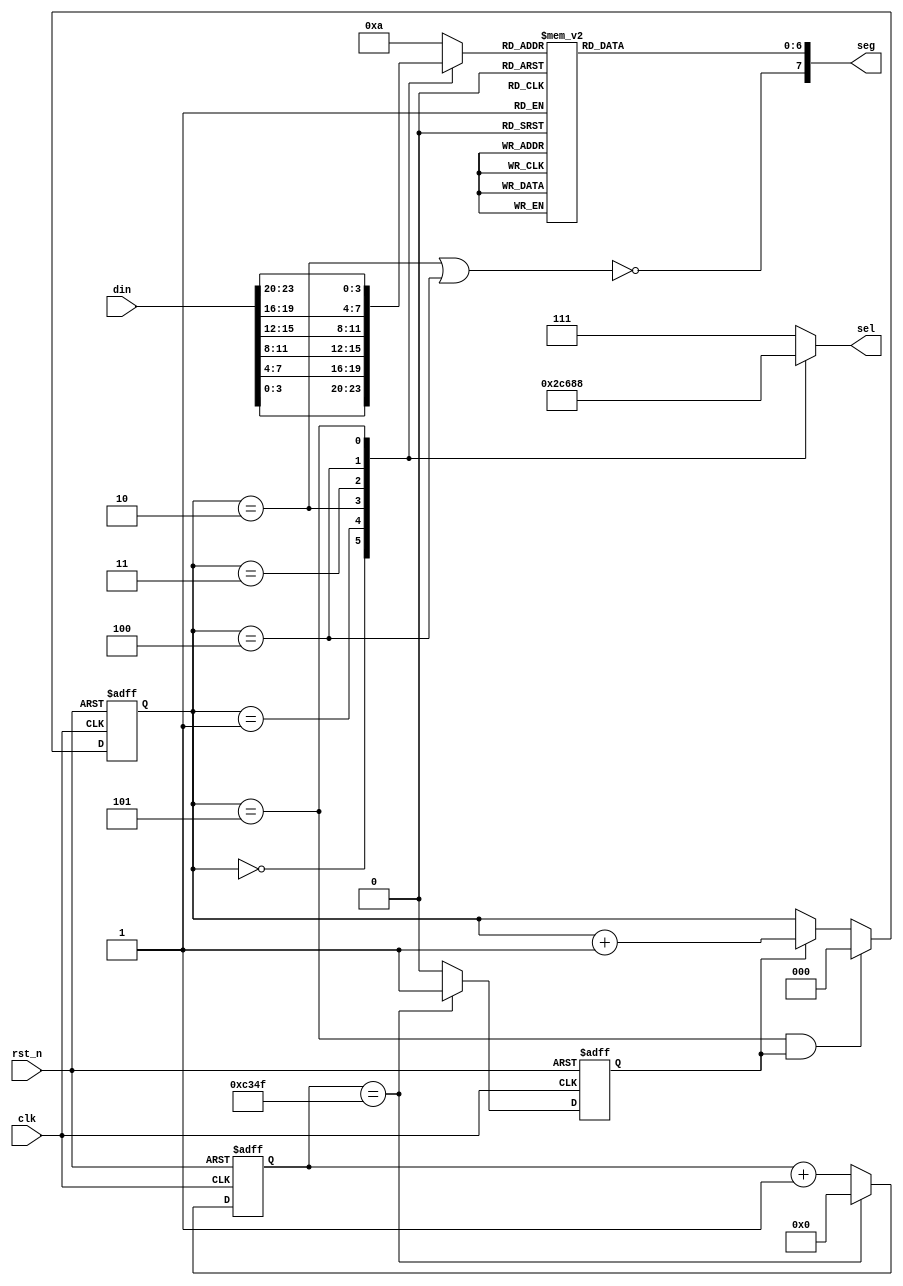
//************************************************
//  Company       : School                       
//  Device        : Altera cyclone4 ep4ce6f17c8  
//  Description   :on board ok; one clk domain;input din is bcd ;                           
//************************************************
module  led_display (
/*i*/   input    wire              clk              ,
        input    wire              rst_n            ,
        input    wire    [23:0]    din              ,  //data from sco model;
/*o*/   output   wire    [2:0]     sel              ,  //38 decoder;
        output   wire    [7:0]     seg                 //segement;      
);
parameter MS_MAX = 17'd4_9999; //1ms dynamic refresh;//4_9999;
reg          flag_1ms;
reg  [16:0]  cnt_1ms;
reg  [2:0]   sel_r;
reg  [6:0]   seg_r;
reg  [3:0]   seg_sel;
reg  [2:0]   cnt_sel;
wire         dp;  
always @(posedge clk or negedge rst_n) begin   //control cnt_1ms value;
    if (~rst_n) begin
        cnt_1ms <= 0;
    end //if
    else begin
        cnt_1ms <= (cnt_1ms == MS_MAX) ? 16'd0 : cnt_1ms + 1'b1;    
    end //else
end //always
always @(posedge clk or negedge rst_n) begin //produce the flag_1ms high level;
    if (~rst_n) begin
        flag_1ms <= 1'b0;
    end //if
    else begin
        flag_1ms <= (cnt_1ms == MS_MAX) ? 1'b1 : 1'b0;    
    end //else
end //always
always @(posedge clk or negedge rst_n) begin //cnt sel value control;
    if (~rst_n) begin
        cnt_sel <= 0;
    end //if
    else begin
        cnt_sel <= (cnt_sel == 3'd5 && flag_1ms) ? 3'd0 : (flag_1ms) ? cnt_sel + 1'b1 : cnt_sel;   
    end //else
end //always
always @(*) begin          //sel logic exchange;
        case (cnt_sel)
            3'd0: begin sel_r = 3'b101;seg_sel = din[3:0];   end
            3'd1: begin sel_r = 3'b100;seg_sel = din[7:4];   end
            3'd2: begin sel_r = 3'b011;seg_sel = din[11:8];  end
            3'd3: begin sel_r = 3'b010;seg_sel = din[15:12]; end
            3'd4: begin sel_r = 3'b001;seg_sel = din[19:16]; end
            3'd5: begin sel_r = 3'b000;seg_sel = din[23:20]; end
            default: begin sel_r = 3'b111;seg_sel = 4'd10;   end 
        endcase //case   
end //always
always @(*) begin         //display coder;
        case (seg_sel)
            4'd0: begin seg_r = 7'b100_0000;    end //0; 
            4'd1: begin seg_r = 7'b111_1001;    end //1; 
            4'd2: begin seg_r = 7'b010_0100;    end //2; 
            4'd3: begin seg_r = 7'b011_0000;    end //3; 
            4'd4: begin seg_r = 7'b001_1001;    end //4; 
            4'd5: begin seg_r = 7'b001_0010;    end //5; 
            4'd6: begin seg_r = 7'b000_0010;    end //6; 
            4'd7: begin seg_r = 7'b111_1000;    end //7; 
            4'd8: begin seg_r = 7'b000_0000;    end //8; 
            4'd9: begin seg_r = 7'b001_0000;    end //9; 
            default: begin seg_r = 7'b100_0000; end //x;
            endcase //case    
end //always

assign dp = !(cnt_sel == 3'd2 || cnt_sel == 3'd4);  //dp produce logic;
assign seg = {dp,seg_r};
assign sel = sel_r;

endmodule